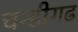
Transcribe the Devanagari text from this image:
चन्डीगढ